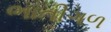
ભાતીગળ